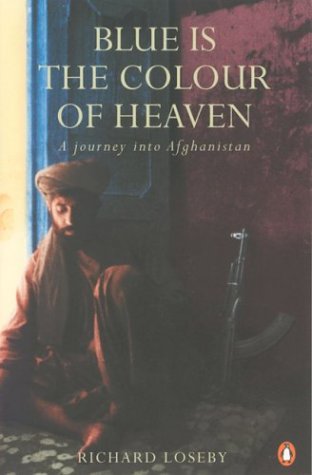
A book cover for Blue is the Colour of Heaven: A Journey Through Afghanistan; Richard Loseby; Travel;